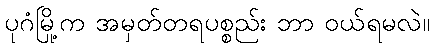
ပုဂံမြို့က အမှတ်တရပစ္စည်း ဘာ ဝယ်ရမလဲ။